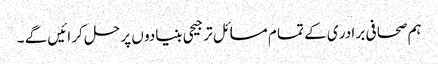
ہم صحا فی بر ادر ی کے تما م مسا ئل تر جیحی بنیادو ں پر حل کر ائیں گے ۔